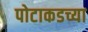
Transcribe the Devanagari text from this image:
पोटाकडच्या